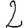
Digit: 2